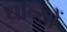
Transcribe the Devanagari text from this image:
धान्यों